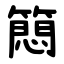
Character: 䉍